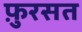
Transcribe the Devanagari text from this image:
फ़ुरसत